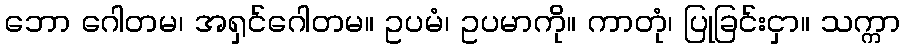
ဘော ဂေါတမ၊ အရှင်ဂေါတမ။ ဥပမံ၊ ဥပမာကို။ ကာတုံ၊ ပြုခြင်းငှာ။ သက္ကာ